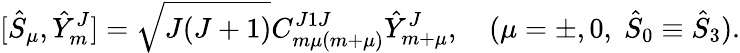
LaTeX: [{\hat{S}}_{\mu},{\hat{Y}}_{m}^{J}]=\sqrt{J(J+1)}C_{m\mu(m+\mu)}^{J1J}{\hat{Y}}_{m+\mu}^{J},\quad(\mu=\pm,0,\; {\hat{S}}_{0}\equiv{\hat{S}}_{3}).